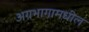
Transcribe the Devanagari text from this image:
अग्रभागामधील